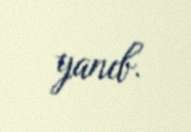
yanıb.